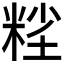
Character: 𱹆